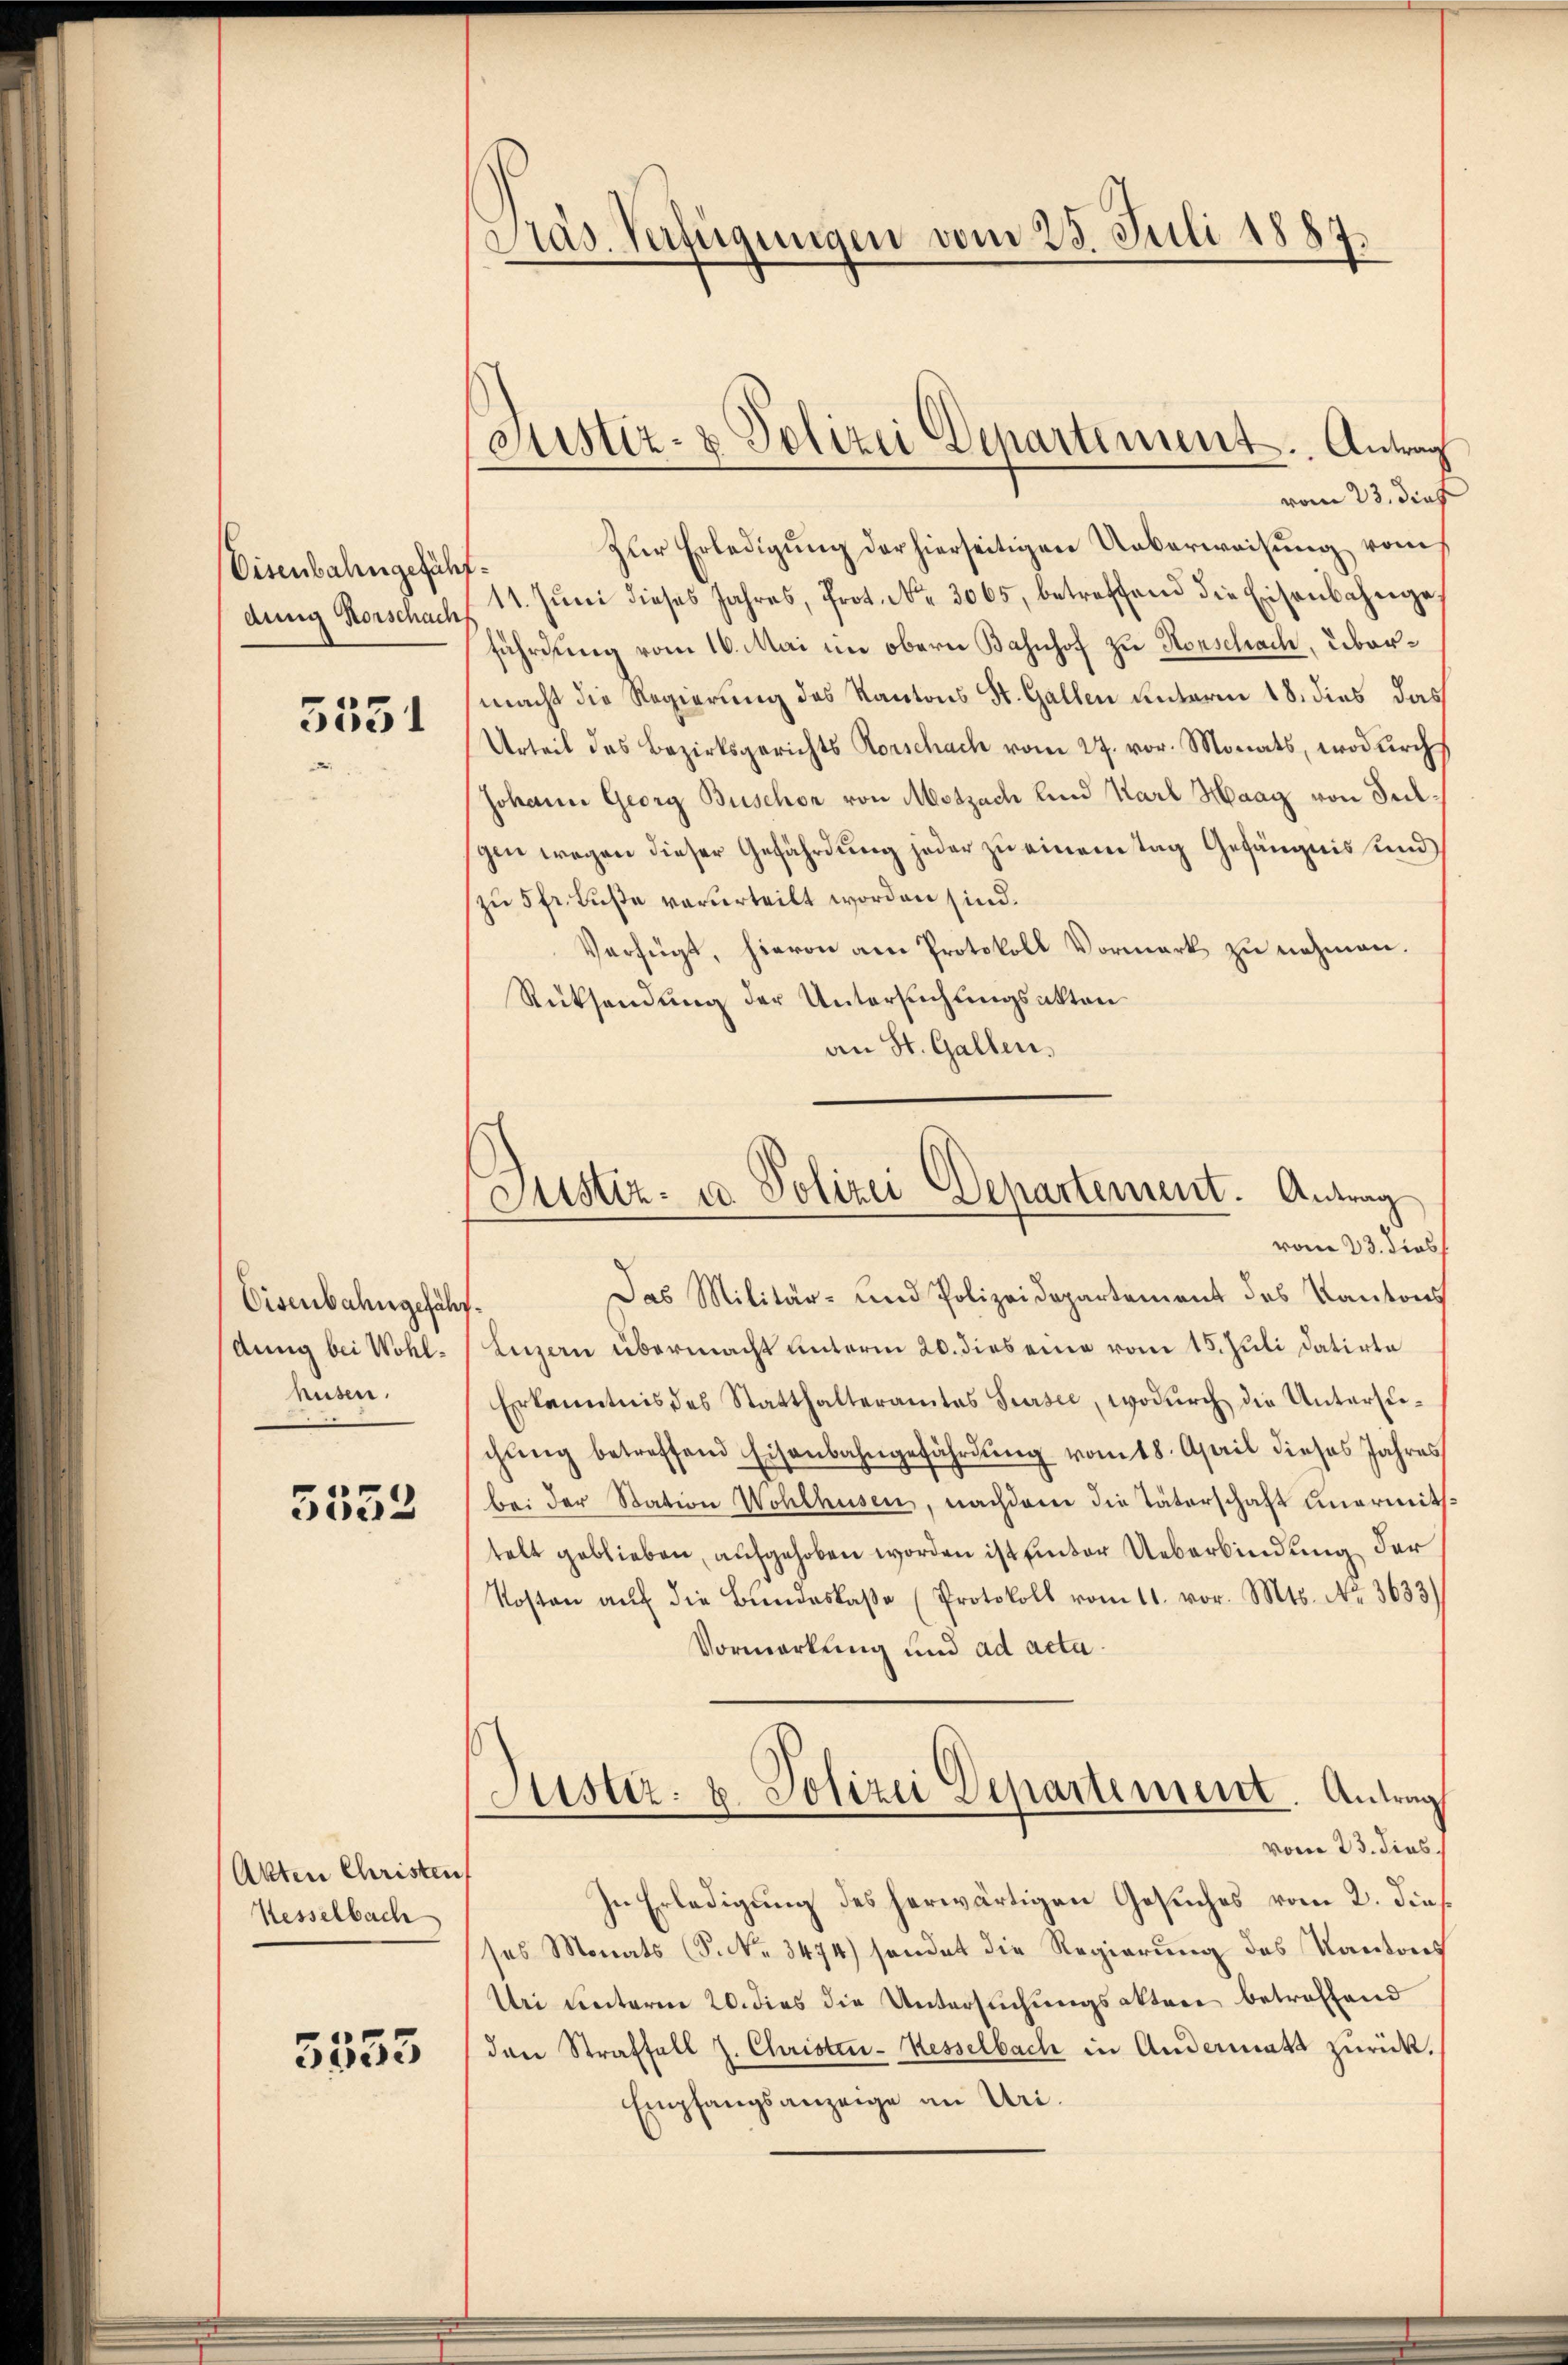
Eisenbahngeführding Vorschach

5531

Eisenbahngefährdung bei Wohlhusen.

5552

Akten Christen
Kesselbach

3353

Ptas. Verfügungen vom 23. Juli 1887.

Sistiz- & Polizei Departement. Antrag
vom 23. dies

zŭr Erledigŭng der hierseitigen Ueberweisung vom
11. Jŭni dieses Jahres, Prot. Nr. 3065, betreffend die Eisenbahngeführung vom 16. Mai im obern Bahnhof zu Horschach, übermacht die Regierung des Kantons St. Gallen unterm 18. dies das
Urteil des Bezirksgerichts Korschach vom 27. vor. Monats, wodŭrch
Johann Georg Buschon von Motzach und Karl Haag von Julgen wegen dieser Gefährdung jeder zu einem Tag Gefängnis und
zu 5 fr. Fuße verurteilt worden sind.
Verfügt, hievon am Protokoll Vormerk zu nehmen.
Rücksendung der Untersuchungsakten
an St. Gallen.

Justiz- u. Polizei Departement. Antrag

vom 23. Jos
Das Militär- und Polizeidepartement des Kantons
Luzern übermacht unterm 20. dies eine vom 15. Juli datirte
Erkanntnis des Statthalteramtes Sursee, wodurch die Untersuchŭng betreffend Eisenbahngefährdŭng vom 18. April dieses Jahres
bei der Station Wohlhusen, nachdem die Täterschaft unermittelt geblieben, aufgehoben worden ist unter Ueberbindung der
Kosten aŭf die Bŭndeskaβe (Protokoll vom 11. vor. Mts. No. 3633)
Vormerkung und ad acta
Justiz- & Polizei Departement. Antrag
vom 23. dies
In Erledigung des herwärtigen Gesuches vom 2. dies
ses Monats (S. 3474) sendet die Regierung des Kantons
Uri unterm 20. dies die Untersuchungsaktere betreffend
den Straffall z. Christen-Hesselbach in Andermatt zurück.
Empfangsanzeige an Uri.